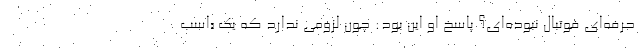
حرفه‌ای فوتبال نبوده‌ای؟ پاسخ او این بود: چون لزومی ندارد که یک «اسب